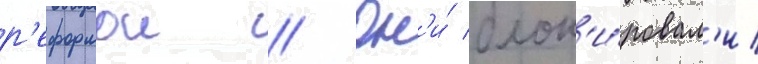
р'еформои // Он'и́ блок'и́ровал'и